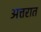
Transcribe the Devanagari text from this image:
अत्तरात